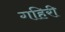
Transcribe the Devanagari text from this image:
गहिरी